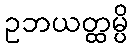
ဥဘယတ္ထမ္ပိ